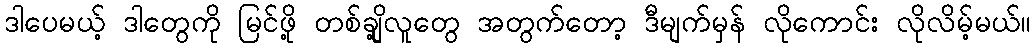
ဒါပေမယ့် ဒါတွေကို မြင်ဖို့ တစ်ချို့လူတွေ အတွက်တော့ ဒီမျက်မှန် လိုကောင်း လိုလိမ့်မယ်။